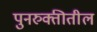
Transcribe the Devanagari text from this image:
पुनरुक्तीतील